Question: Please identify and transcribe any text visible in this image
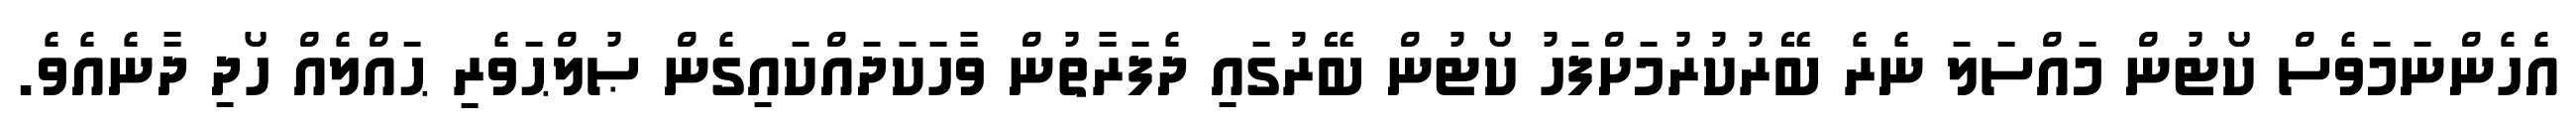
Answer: އެހެންނަމަވެސް ކޯޓުން މައްސަލަ ނެރެ ބޭރުކުރުމަށްފަހު ކޯޓުން ބޭރުގައި ދެފަރާތުން ވާހަކަދައްކައިގެން ޞުލްޙަވެރި ޙައްލެއް ހޯދި ދާނެއެވެ.